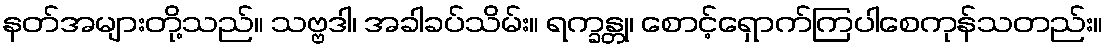
နတ်အများတို့သည်။ သဗ္ဗဒါ၊ အခါခပ်သိမ်း။ ရက္ခန္တု၊ စောင့်ရှောက်ကြပါစေကုန်သတည်း။